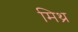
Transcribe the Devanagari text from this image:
मिथ्र